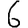
Digit: 6